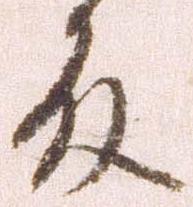
殿